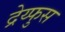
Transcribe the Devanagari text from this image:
द्रेय्फुस